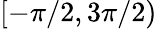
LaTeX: [-\pi/2,3\pi/2)